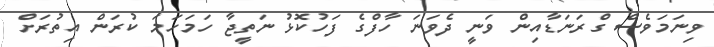
ވިނަމަވެސް ގްރަނަޑާއިން ވަނީ ދެވަނަ ހާފްގެ ފަހުކޮޅު ނަތީޖާ ހަމަހަމަ ކުރަން އިތުރަށް